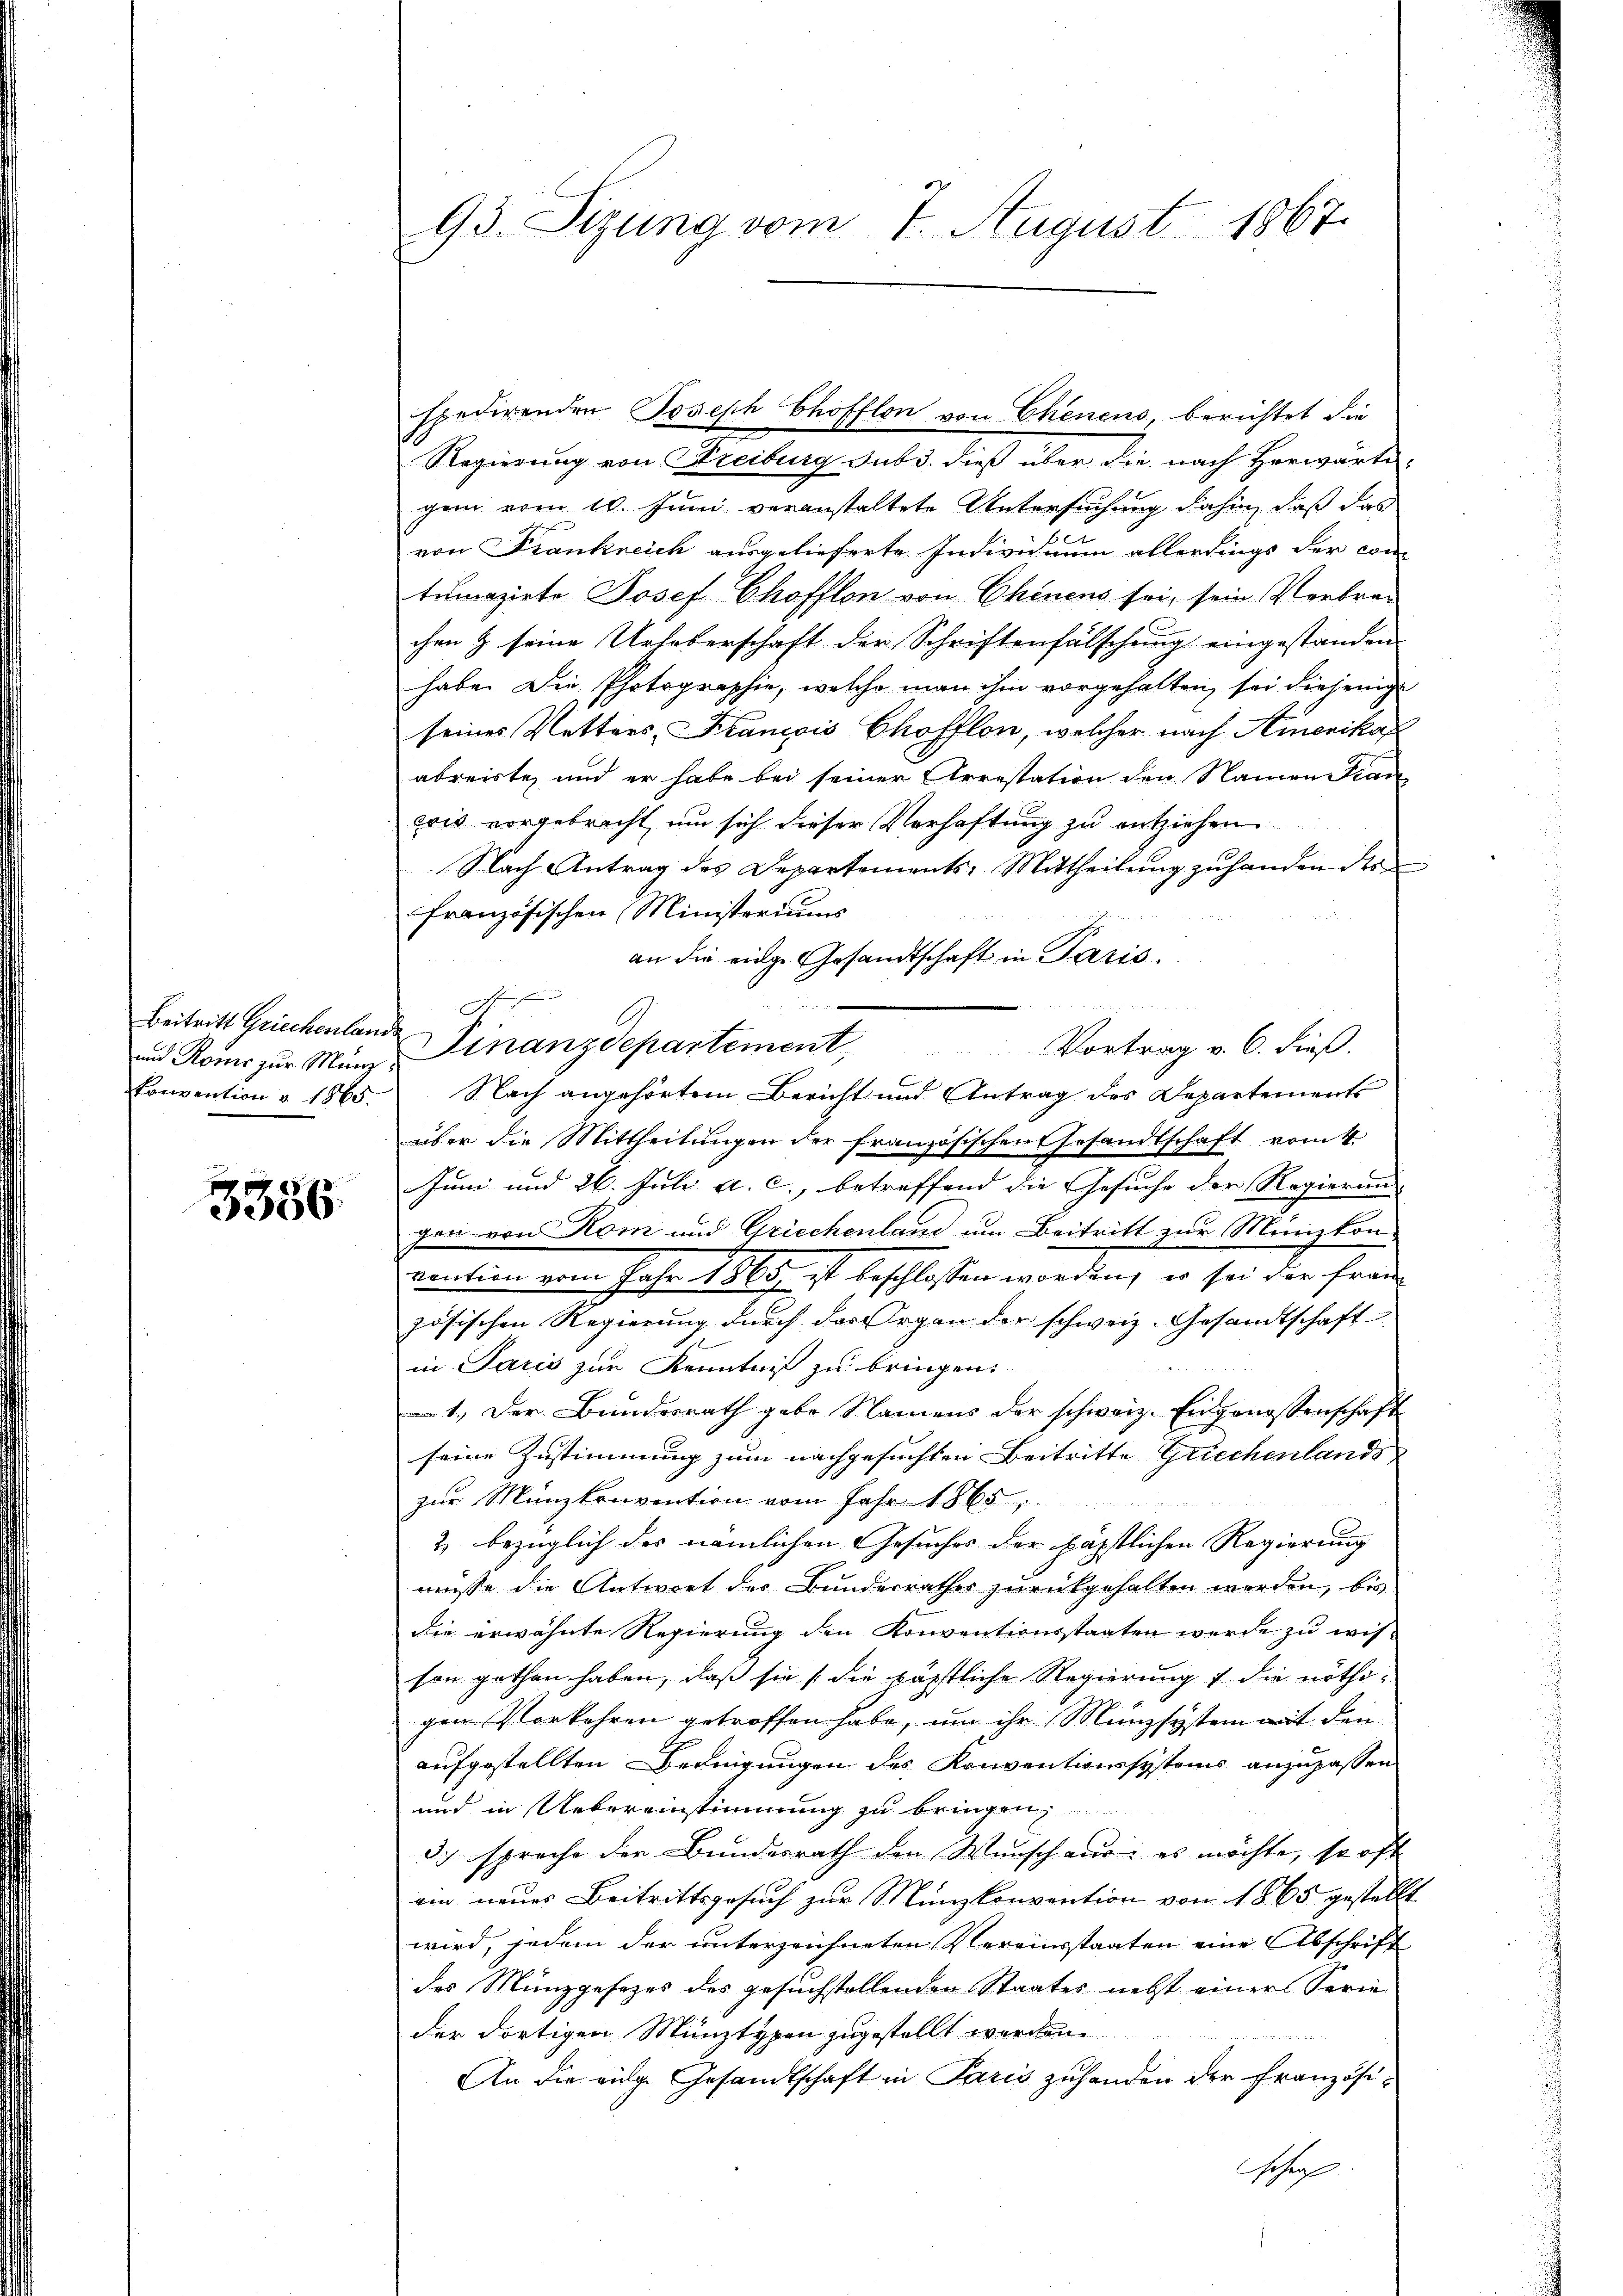
und Romus zur Manzkonvention à 1865.

3356

93. Sizung vom 7. August 1867.

Regierung von Streiburg sub 3. dieß über die nach Herwärtigen vom 10. Juni veranstaltete Untersuchung dahin, daß das
von Frankreich ausgelieferte Individuum allerdings der con-
tumazirte Josef Chofflon von Chinens sei, sein Verbrechen & seine Urheberschaft der Schriftenfälschung eingestanden
habe. Die Photographie, welche man ihm vorgehalten, sei diejenige
seines Vetters, Stanicis Chofflon, welcher nach Amerika
abreiste, und er habe bei seiner Arrestation den Namen Fran
wis vorgebracht, um sich dieser Verhaftung zu entziehen
Nach Antrag des Departements-Mittheilŭng zŭ handen des
Französischen Ministeriums

 3.
an die einge Gesandtschaft in Paris.
.
Beitritt Griechenlande Finanzdepartement,
Vortrag v. 6. dieß.
Nach angehörtem Bericht und Antrag des Departements
über die Mittheilungen der französischen Gesandtschaft vom 4.
Juni und 26. Juli a. c., betreffend die Gesuche der Regierung
gen von Rom und Griechenland um Beitritt zur Münzkon-
menten vom Jahr 15 bericht beschlossen worden, in sei die Fraue
zösischen Regierung durch das Organ der schweiz. Gesandtschaft
in Paris zur Kenntniß zu bringen,
2                4
1.) Der Bundesrath gebe Namens der schweiz. Engenossenschaft
seine Zustimmung zum nachgesuchten Beitritte Griechenlands
zur Münzkonvention vom Jahr 1865
2) bezüglich des nämlichen Gesuches der häpstlichen Regierung
müsse die Antwort der Bunderrathes zurückgehalten werden, bis
die erwähnte Regierung den Konventionsstaaten werde zu wisson gethan haben, daß sie die päpstliche Regierung 1 die nöthigen Vorkehren getroffen habe, um ihr Münzsystem mit den
aufgestellten Bedingungen des Konventionssystems anzupassen
und in Uebereinstimmung zu bringen,
d.) sprache der Bundesrath den Wunsch aus: es möchte, so oft
ein neues Beitrittsgesuch zur Münzkonvention von 1865 gestellt
wird, jedem der unterzeichneten Vereinsstaaten eine Abschrift
des Münzgesezes des gesuchstellenden Staates nebst einer Serie
der dortigen Münztypen zugestellt werden.
An die eige Gesandtschaft in Paris zuhanden der Französi¬
Josep

spedirenden Joseph Chöfflon von Chenens, berichtet die